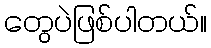
တွေပဲဖြစ်ပါတယ်။